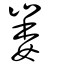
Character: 崣